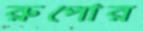
রুপোর